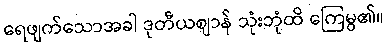
ရေဖျက်သောအခါ ဒုတီယဈာန် သုံးဘုံထိ ကြေမွ၏။